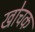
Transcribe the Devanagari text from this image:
खोचक